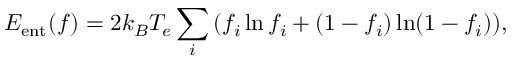
{ \displaystyle E _ { \mathrm { e n t } } ( f ) = 2 k _ { B } T _ { e } \sum _ { i } \left( f _ { i } \ln f _ { i } + ( 1 - f _ { i } ) \ln ( 1 - f _ { i } ) \right) } ,